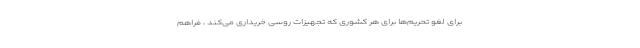
برای لغو تحریم‌ها برای هر کشوری که تجهیزات روسی خریداری می‌کند ، فراهم